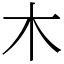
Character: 木